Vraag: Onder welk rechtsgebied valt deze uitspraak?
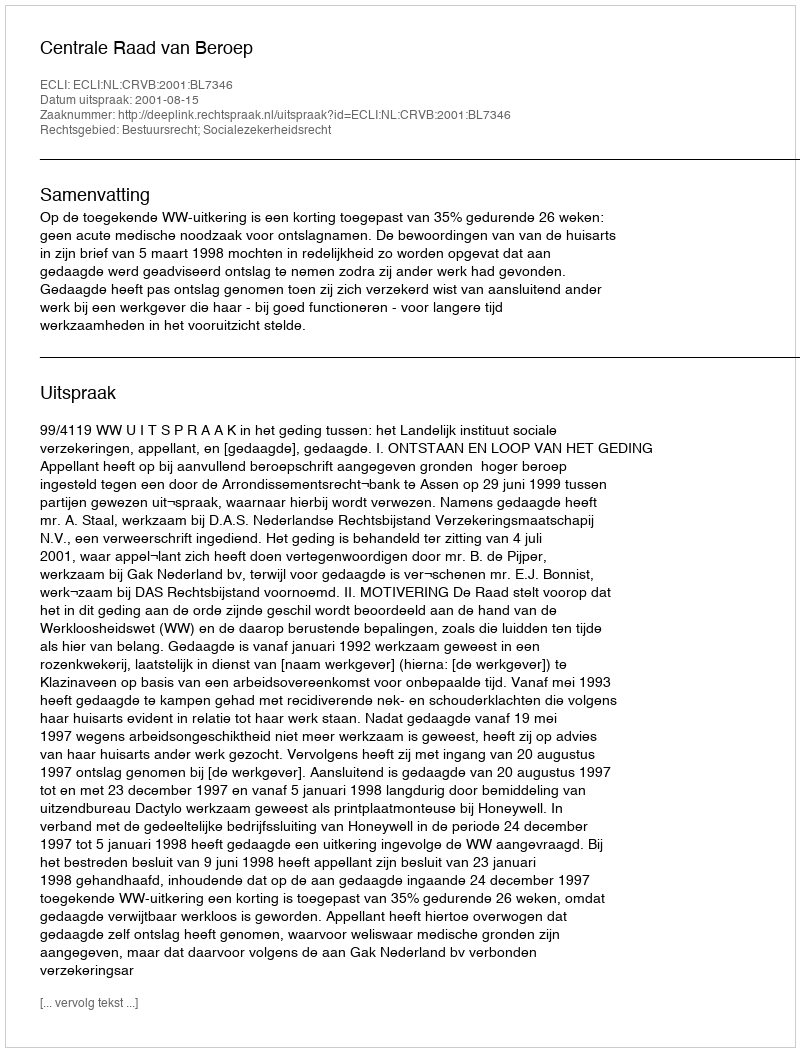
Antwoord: Bestuursrecht; Socialezekerheidsrecht